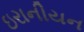
ઇરાનીયન